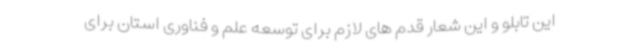
این تابلو و این شعار قدم های لازم برای توسعه علم و فناوری استان برای